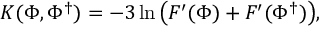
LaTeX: K ( \Phi , \Phi ^ { \dag } ) = - 3 \ln \big ( F ^ { \prime } ( \Phi ) + F ^ { \prime } ( \Phi ^ { \dag } ) \big ) ,